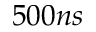
5 0 0 n s